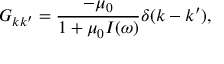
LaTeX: G _ { k k ^ { \prime } } = \frac { - \mu _ { 0 } } { 1 + \mu _ { 0 } I ( \omega ) } \delta ( k - k ^ { \prime } ) ,